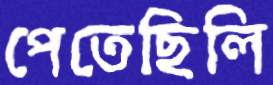
পেতেছিলি